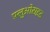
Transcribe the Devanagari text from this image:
फ़्लुओराइड